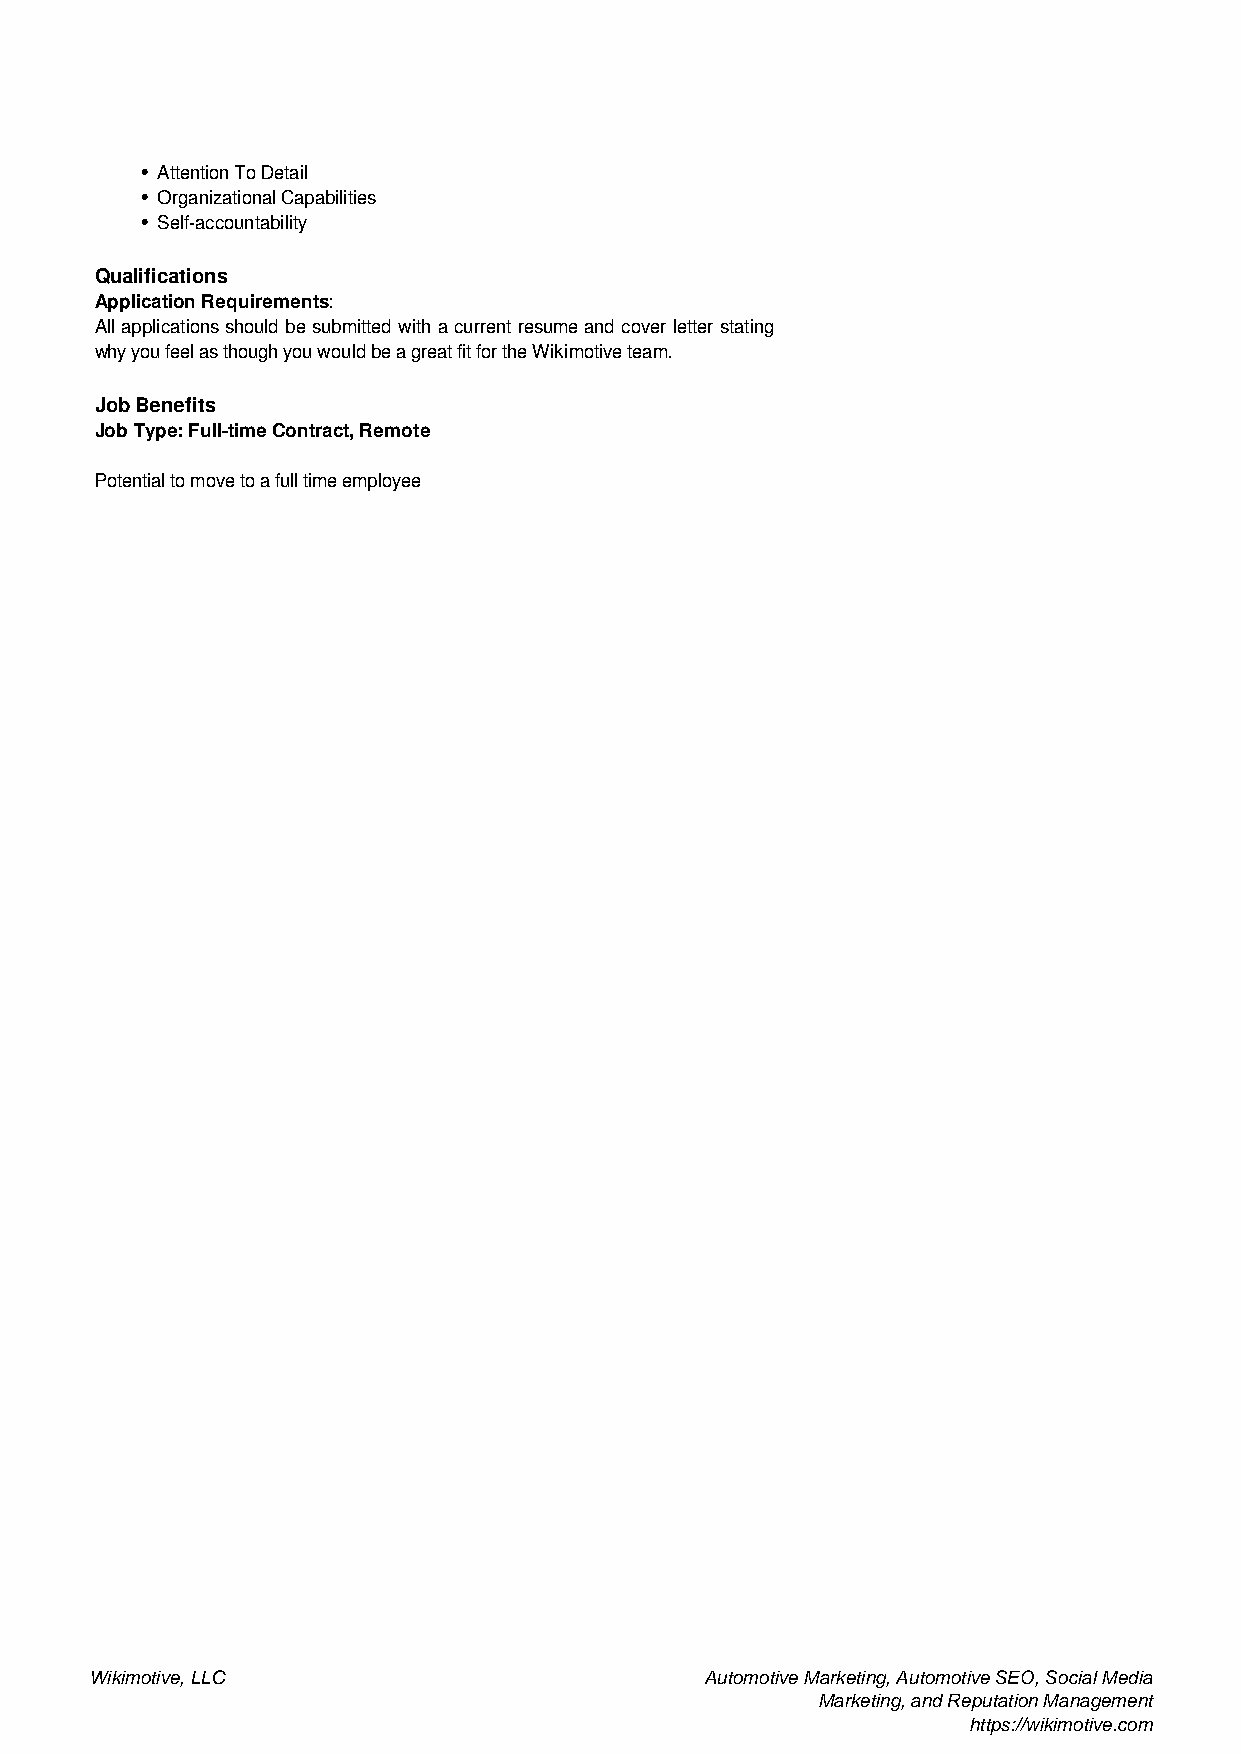
Attention To Detail
 Organizational Capabilities
 Self-accountability
 Qualifications
 Application Requirements:
 Allapplicationsshouldbesubmittedwithacurrentresumeandcoverletterstating
 why you feel as though you would be a great fit for the Wikimotive team.
 Job Benefits
 Job Type: Full-time Contract, Remote
 Potential to move to a full time employee
 Wikimotive, LLC                          Automotive Marketing, Automotive SEO, Social Media
 Marketing, and Reputation Management
 https://wikimotive.com
 Powered by TCPDF (www.tcpdf.org)